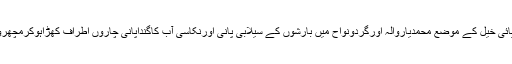
تفصیلات کے مطابق یونین کونسل پائی خیل کے موضع محمدیاروالہ اورگردونواح میں بارشوں کے سیلابی پانی اورنکاسی آب کاگنداپانی چاروں اطراف کھڑاہوکرمچھروں کی افزائش کاموجب بن چکاہے ۔